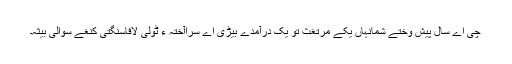
چی اے سال پیش وختے شمانہاں یکے مرتغث تو یک درآمدے بیڑی اے سراآختہ ءُُ ٹولی لافاسنگتی کنغے سوالی بیثہ۔